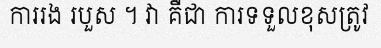
ការរង របួស ។ វា គឺជា ការទទួលខុសត្រូវ